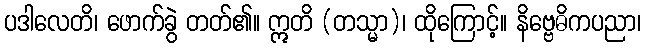
ပဒါလေတိ၊ ဖောက်ခွဲ တတ်၏။ ဣတိ (တသ္မာ)၊ ထိုကြောင့်။ နိဗ္ဗေဓိကပညာ၊